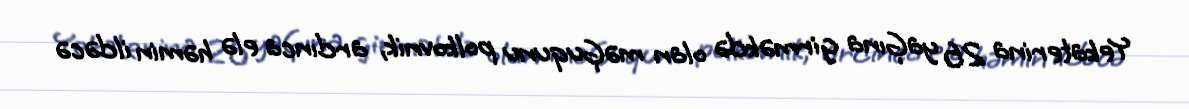
Yekaterina 26 yaĢına girməkdə olan məĢuqunu polkovnik, ardınca elə həmin ildəcə